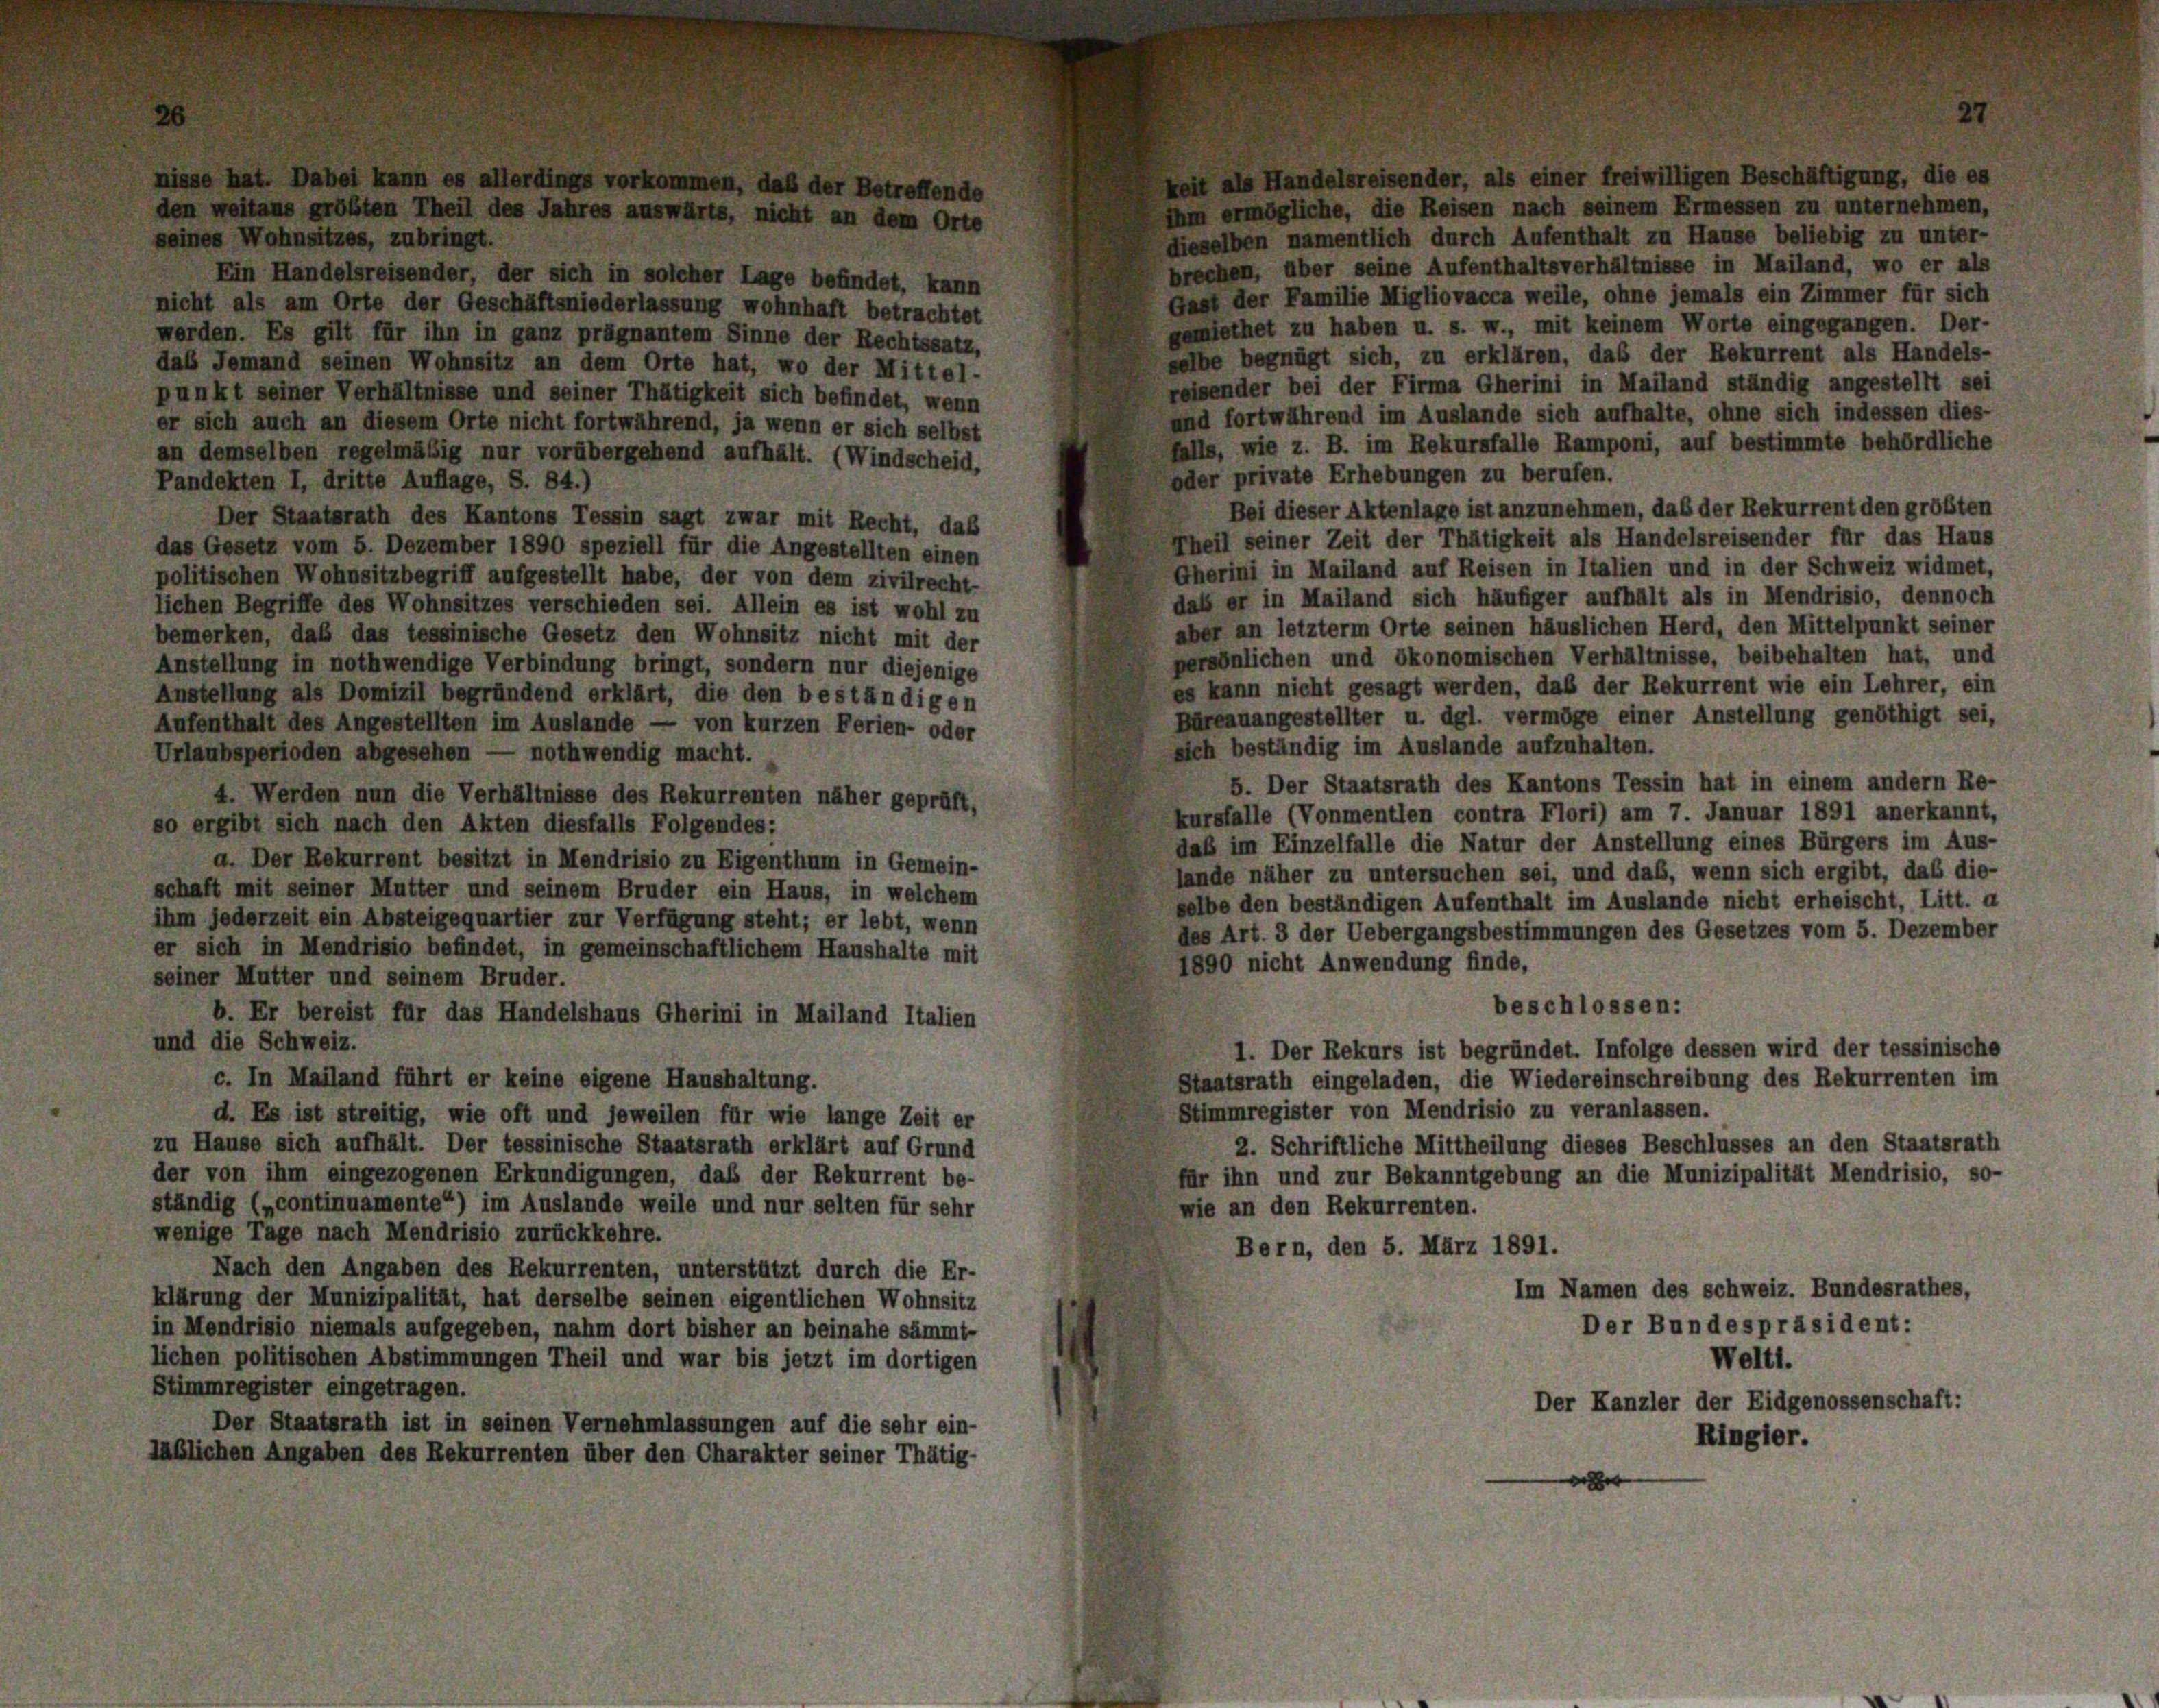
Ihm ermögliche, die Reisen nach seinem Ermessen zu unternehmen,
dieselben namentlich durch Aufenthalt zu Hause beliebig zu unter-
seines Wohnsitzes, zubringt.
brechen, über seine Aufenthaltsverhältnisse in Mailand, wo er als
Ein Handelsreisender, der sich in solcher Lage befindet, kann
Gast der Familie Migliovacca weile, ohne jemals ein Zimmer für sich
nicht als am Orte der Geschäftsniederlassung wohnhaft betrachtet
gemiethet zu haben u. s. w., mit keinem Worte eingegangen. Der-
werden. Es gilt für ihn in ganz prägnantem Sinne der Rechtssatz,
selbe begnügt sich, zu erklären, das der Rekurrent als Handels-
das Jemand seinen Wohnsitz an dem Orte hat, wo der Mittel-
reisender bei der Firma Gherini in Mailand ständig angestellt sei
punkt seiner Verhältnisse und seiner Thätigkeit sich befindet, wenn
und fortwährend im Auslande sich aufhalte, ohne sich indessen dies-
er sich auch an diesem Orte nicht fortwährend, ja wenn er sich selbst
falls, wie z. B. im Rekursfalle Ramponi, auf bestimmte behördliche
an demselben regelmäßig nur vorübergehend aufhält. (Windscheid,
oder private Erhebungen zu berufen.
Pandekten I, dritte Auflage, S. 84.)
Bei dieser Aktenlage ist anzunehmen, daß der Rekurrent den größten
Der Staatsrath des Kantons Tessin sagt zwar mit Recht, daß
Theil seiner Zeit der Thätigkeit als Handelsreisender für das Haus
das Gesetz vom 5. Dezember 1890 speziell für die Angestellten einen
Gherini in Mailand auf Reisen in Italien und in der Schweiz widmet,
politischen Wohnsitzbegriff aufgestellt habe, der von dem zivilrecht-
daß er in Mailand sich häufiger aufhalt als in Mendrisio, dennoch
lichen Begriffe des Wohnsitzes verschieden sei. Allein es ist wohl zu
aber an letzterm Orte seinen häuslichen Herd, den Mittelpunkt seiner
bemerken, daß das tessinische Gesetz den Wohnsitz nicht mit der
persönlichen und ökonomischen Verhältnisse, beibehalten hat, und
Anstellung in nothwendige Verbindung bringt, sondern nur diejenige
es kann nicht gesagt werden, daß der Rekurrent wie ein Lehrer, ein
Anstellung als Domizil begründend erklärt, die den beständigen
Büreauangestellter u. dgl. vermöge einer Anstellung genöthigt sei,
Aufenthalt des Angestellten im Auslande — von kurzen Ferien- oder
sich beständig im Auslande aufzuhalten.
Urlaubsperioden abgesehen — nothwendig macht.
b. Der Staatsrath des Kantons Tessin hat in einem andern Re-
4. Werden nun die Verhältnisse des Rekurrenten näher geprüft,
kursfalle (Vonmentlen contra Flori) am 7. Januar 1891 anerkannt,
so ergibt sich nach den Akten diesfalls Folgendes:
daß im Einzelfalle die Natur der Anstellung eines Bürgers im Aus-
a. Der Rekurrent besitzt in Mendrisio zu Eigenthum in Gemein-
lande näher zu untersuchen sei, und das, wenn sich ergibt, daß die-
schaft mit seiner Mutter und seinem Bruder ein Haus, in welchem
selbe den beständigen Aufenthalt im Auslande nicht erheischt, Litt. a
ihm jederzeit ein Absteigequartier zur Verfügung steht; er lebt, wenn
des Art. 3 der Uebergangsbestimmungen des Gesetzes vom 5. Dezember
er sich in Mendrisio befindet, in gemeinschaftlichem Haushalte mit
1890 nicht Anwendung finde,
seiner Mutter und seinem Bruder.
beschlossen:
b. Er bereist für das Handelshaus Gherini in Mailand Italien
und die Schweiz.
1. Der Rekurs ist begründet. Infolge dessen wird der tessinische
c. In Mailand führt er keine eigene Haushaltung.
Staatsrath eingeladen, die Wiedereinschreibung des Rekurrenten im
Stimmregister von Mendrisio zu veranlassen.
d. Es ist streitig, wie oft und jeweilen für wie lange Zeit er
zu Hause sich aufhält. Der tessinische Staatsrath erklärt auf Grund
2. Schriftliche Mittheilung dieses Beschlusses an den Staatsrath
der von ihm eingezogenen Erkundigungen, daß der Rekurrent be-
für ihn und zur Bekanntgebung an die Munizipalität Mendrisio, so-
ständig („continuamente“) im Auslande weile und nur selten für sehr
wie an den Rekurrenten.
wenige Tage nach Mendrisio zurückkehre.
Bern, den 5. März 1891.
Nach den Angaben des Rekurrenten, unterstützt durch die Er-
Im Namen des Schweiz. Bundesrathes,
klärung der Munizipalität, hat derselbe seinen eigentlichen Wohnsitz
Der Bundespräsident:
in Mendrisio niemals aufgegeben, nahm dort bisher an beinahe sämmt-
lichen politischen Abstimmungen Theil und war bis jetzt im dortigen
Weitt.
Stimmregister eingetragen.
Der Kanzler der Eidgenossenschaft:
Der Staatsrath ist in seinen Vernehmlassungen auf die sehr ein-
Ringler.
läßlichen Angaben des Rekurrenten über den Charakter seiner Thätig-
e

l es allerdings vi
den weitans größten Theil des Jahres auswärts, nicht an dem Orte

daß der Betreffende

Handelsreisender, als einer freiwilligen Beschäftigung, die es